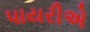
પાયરીએ